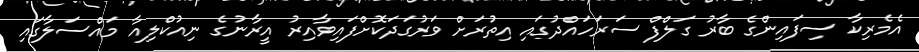
އެމެރިކާ ސިފައިންގެ ބާރު ގަލްފް ސަރަހައްދުގައި އިތުރަށް ވަރުގަދަކޮށްފައިވާއިރު އީރާނުގެ ނިއުކްލިއާ މައްސަލާގައި